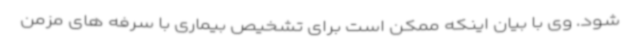
شود. وی با بیان اینکه ممکن است برای تشخیص بیماری با سرفه های مزمن